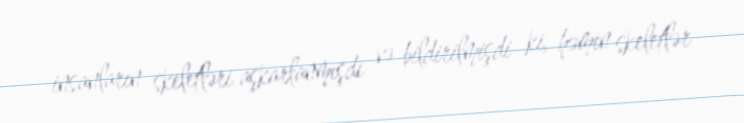
insanların skeletləri aşkarlanmışdı və bildirilmişdi ki, həmin skeletlər